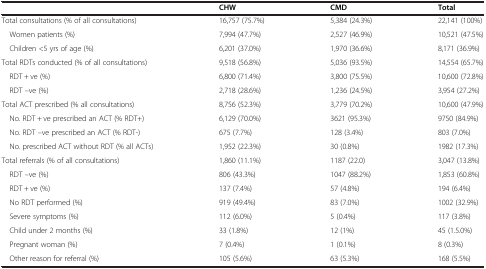
<table><thead><tr><td><b> </b></td><td><b>CHW</b></td><td><b>CMD</b></td><td><b>Total</b></td></tr></thead><tbody><tr><td>Total consultations (% of all consultations)</td><td>16,757 (75.7%)</td><td>5,384 (24.3%)</td><td>22,141 (100%)</td></tr><tr><td> Women patients (%)</td><td>7,994 (47.7%)</td><td>2,527 (46.9%)</td><td>10,521 (47.5%)</td></tr><tr><td> Children &lt;5 yrs of age (%)</td><td>6,201 (37.0%)</td><td>1,970 (36.6%)</td><td>8,171 (36.9%)</td></tr><tr><td>Total RDTs conducted (% of all consultations)</td><td>9,518 (56.8%)</td><td>5,036 (93.5%)</td><td>14,554 (65.7%)</td></tr><tr><td> RDT + ve (%)</td><td>6,800 (71.4%)</td><td>3,800 (75.5%)</td><td>10,600 (72.8%)</td></tr><tr><td> RDT –ve (%)</td><td>2,718 (28.6%)</td><td>1,236 (24.5%)</td><td>3,954 (27.2%)</td></tr><tr><td>Total ACT prescribed (% all consultations)</td><td>8,756 (52.3%)</td><td>3,779 (70.2%)</td><td>10,600 (47.9%)</td></tr><tr><td> No. RDT + ve prescribed an ACT (% RDT+)</td><td>6,129 (70.0%)</td><td>3621 (95.3%)</td><td>9750 (84.9%)</td></tr><tr><td> No. RDT –ve prescribed an ACT (% RDT-)</td><td>675 (7.7%)</td><td>128 (3.4%)</td><td>803 (7.0%)</td></tr><tr><td> No. prescribed ACT without RDT (% all ACTs)</td><td>1,952 (22.3%)</td><td>30 (0.8%)</td><td>1982 (17.3%)</td></tr><tr><td>Total referrals (% of all consultations)</td><td>1,860 (11.1%)</td><td>1187 (22.0)</td><td>3,047 (13.8%)</td></tr><tr><td> RDT –ve (%)</td><td>806 (43.3%)</td><td>1047 (88.2%)</td><td>1,853 (60.8%)</td></tr><tr><td> RDT + ve (%)</td><td>137 (7.4%)</td><td>57 (4.8%)</td><td>194 (6.4%)</td></tr><tr><td> No RDT performed (%)</td><td>919 (49.4%)</td><td>83 (7.0%)</td><td>1002 (32.9%)</td></tr><tr><td> Severe symptoms (%)</td><td>112 (6.0%)</td><td>5 (0.4%)</td><td>117 (3.8%)</td></tr><tr><td> Child under 2 months (%)</td><td>33 (1.8%)</td><td>12 (1%)</td><td>45 (1.5.0%)</td></tr><tr><td> Pregnant woman (%)</td><td>7 (0.4%)</td><td>1 (0.1%)</td><td>8 (0.3%)</td></tr><tr><td> Other reason for referral (%)</td><td>105 (5.6%)</td><td>63 (5.3%)</td><td>168 (5.5%)</td></tr></tbody></table>